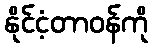
နိုင်ငံ့တာဝန်ကို